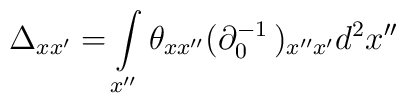
\Delta_{xx'} =  \int\limits_{x''} \theta_{xx''} ( \partial_0^{-1}\, )_{x''x'} d^2x''